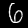
Label: 6